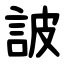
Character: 詖